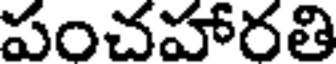
పంచహారతి